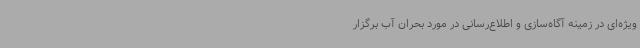
ویژه‌ای در زمینه آگاه‌سازی و اطلاع‌رسانی در مورد بحران آب برگزار